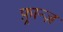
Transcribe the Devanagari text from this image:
फ़्रान्ज़